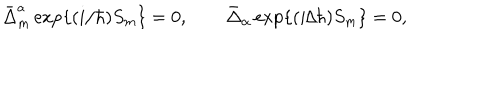
LaTeX: \bar { \Delta } _ { m } ^ { a } \, \mathrm { e x p } \{ ( i / \hbar ) S _ { m } \} = 0 , \qquad \bar { \Delta } _ { \alpha } \, \mathrm { e x p } \{ ( i / \hbar ) S _ { m } \} = 0 ,